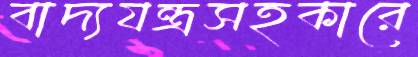
বাদ্যযন্ত্রসহকারে